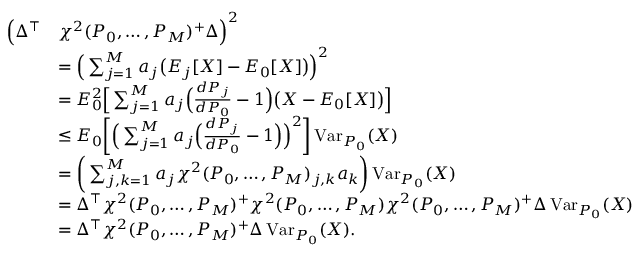
\begin{array} { r l } { \Big ( \Delta ^ { \top } } & { \chi ^ { 2 } ( P _ { 0 } , \dots , P _ { M } ) ^ { + } \Delta \Big ) ^ { 2 } } \\ & { = \Big ( \sum _ { j = 1 } ^ { M } a _ { j } \big ( E _ { j } [ X ] - E _ { 0 } [ X ] \big ) \Big ) ^ { 2 } } \\ & { = E _ { 0 } ^ { 2 } \Big [ \sum _ { j = 1 } ^ { M } a _ { j } \Big ( \frac { d P _ { j } } { d P _ { 0 } } - 1 \Big ) \big ( X - E _ { 0 } [ X ] \big ) \Big ] } \\ & { \leq E _ { 0 } \bigg [ \Big ( \sum _ { j = 1 } ^ { M } a _ { j } \Big ( \frac { d P _ { j } } { d P _ { 0 } } - 1 \Big ) \Big ) ^ { 2 } \bigg ] \operatorname { V a r } _ { P _ { 0 } } ( X ) } \\ & { = \bigg ( \sum _ { j , k = 1 } ^ { M } a _ { j } \chi ^ { 2 } ( P _ { 0 } , \dots , P _ { M } ) _ { j , k } a _ { k } \bigg ) \operatorname { V a r } _ { P _ { 0 } } ( X ) } \\ & { = \Delta ^ { \top } \chi ^ { 2 } ( P _ { 0 } , \dots , P _ { M } ) ^ { + } \chi ^ { 2 } ( P _ { 0 } , \dots , P _ { M } ) \chi ^ { 2 } ( P _ { 0 } , \dots , P _ { M } ) ^ { + } \Delta \operatorname { V a r } _ { P _ { 0 } } ( X ) } \\ & { = \Delta ^ { \top } \chi ^ { 2 } ( P _ { 0 } , \dots , P _ { M } ) ^ { + } \Delta \operatorname { V a r } _ { P _ { 0 } } ( X ) . } \end{array}